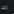
لك